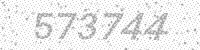
Solution: 573744